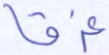
غرقا